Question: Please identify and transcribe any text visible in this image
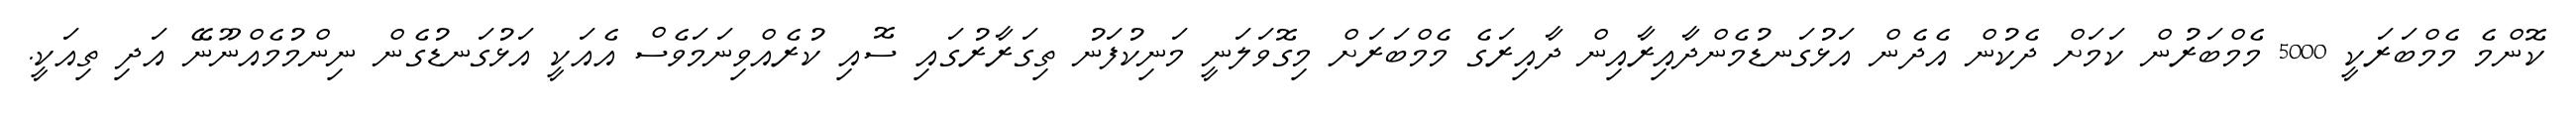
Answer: ކޮންމެ މެމްބަރަކީ 5000 މެމްބަރުން ކަމަށް ދެކުން އެދެން އަޅުގަނޑުމެންދާއިރާއިން ދާއިރަގެ މެމްބަރަށް މިގޮވަލަނީ މަނިކުފަނު ތިގަރާރުގައި ސޮއި ކުރެއްވިނަމަވެސް އެއަކީ އަޅުގަނޑުގެން ނިންމުމެއްނޫނޭ އަދި ތިއަކީ.